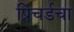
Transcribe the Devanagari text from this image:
प्रिचर्डचा